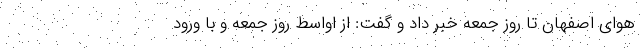
هوای اصفهان تا روز جمعه خبر داد و گفت: از اواسط روز جمعه و با ورود